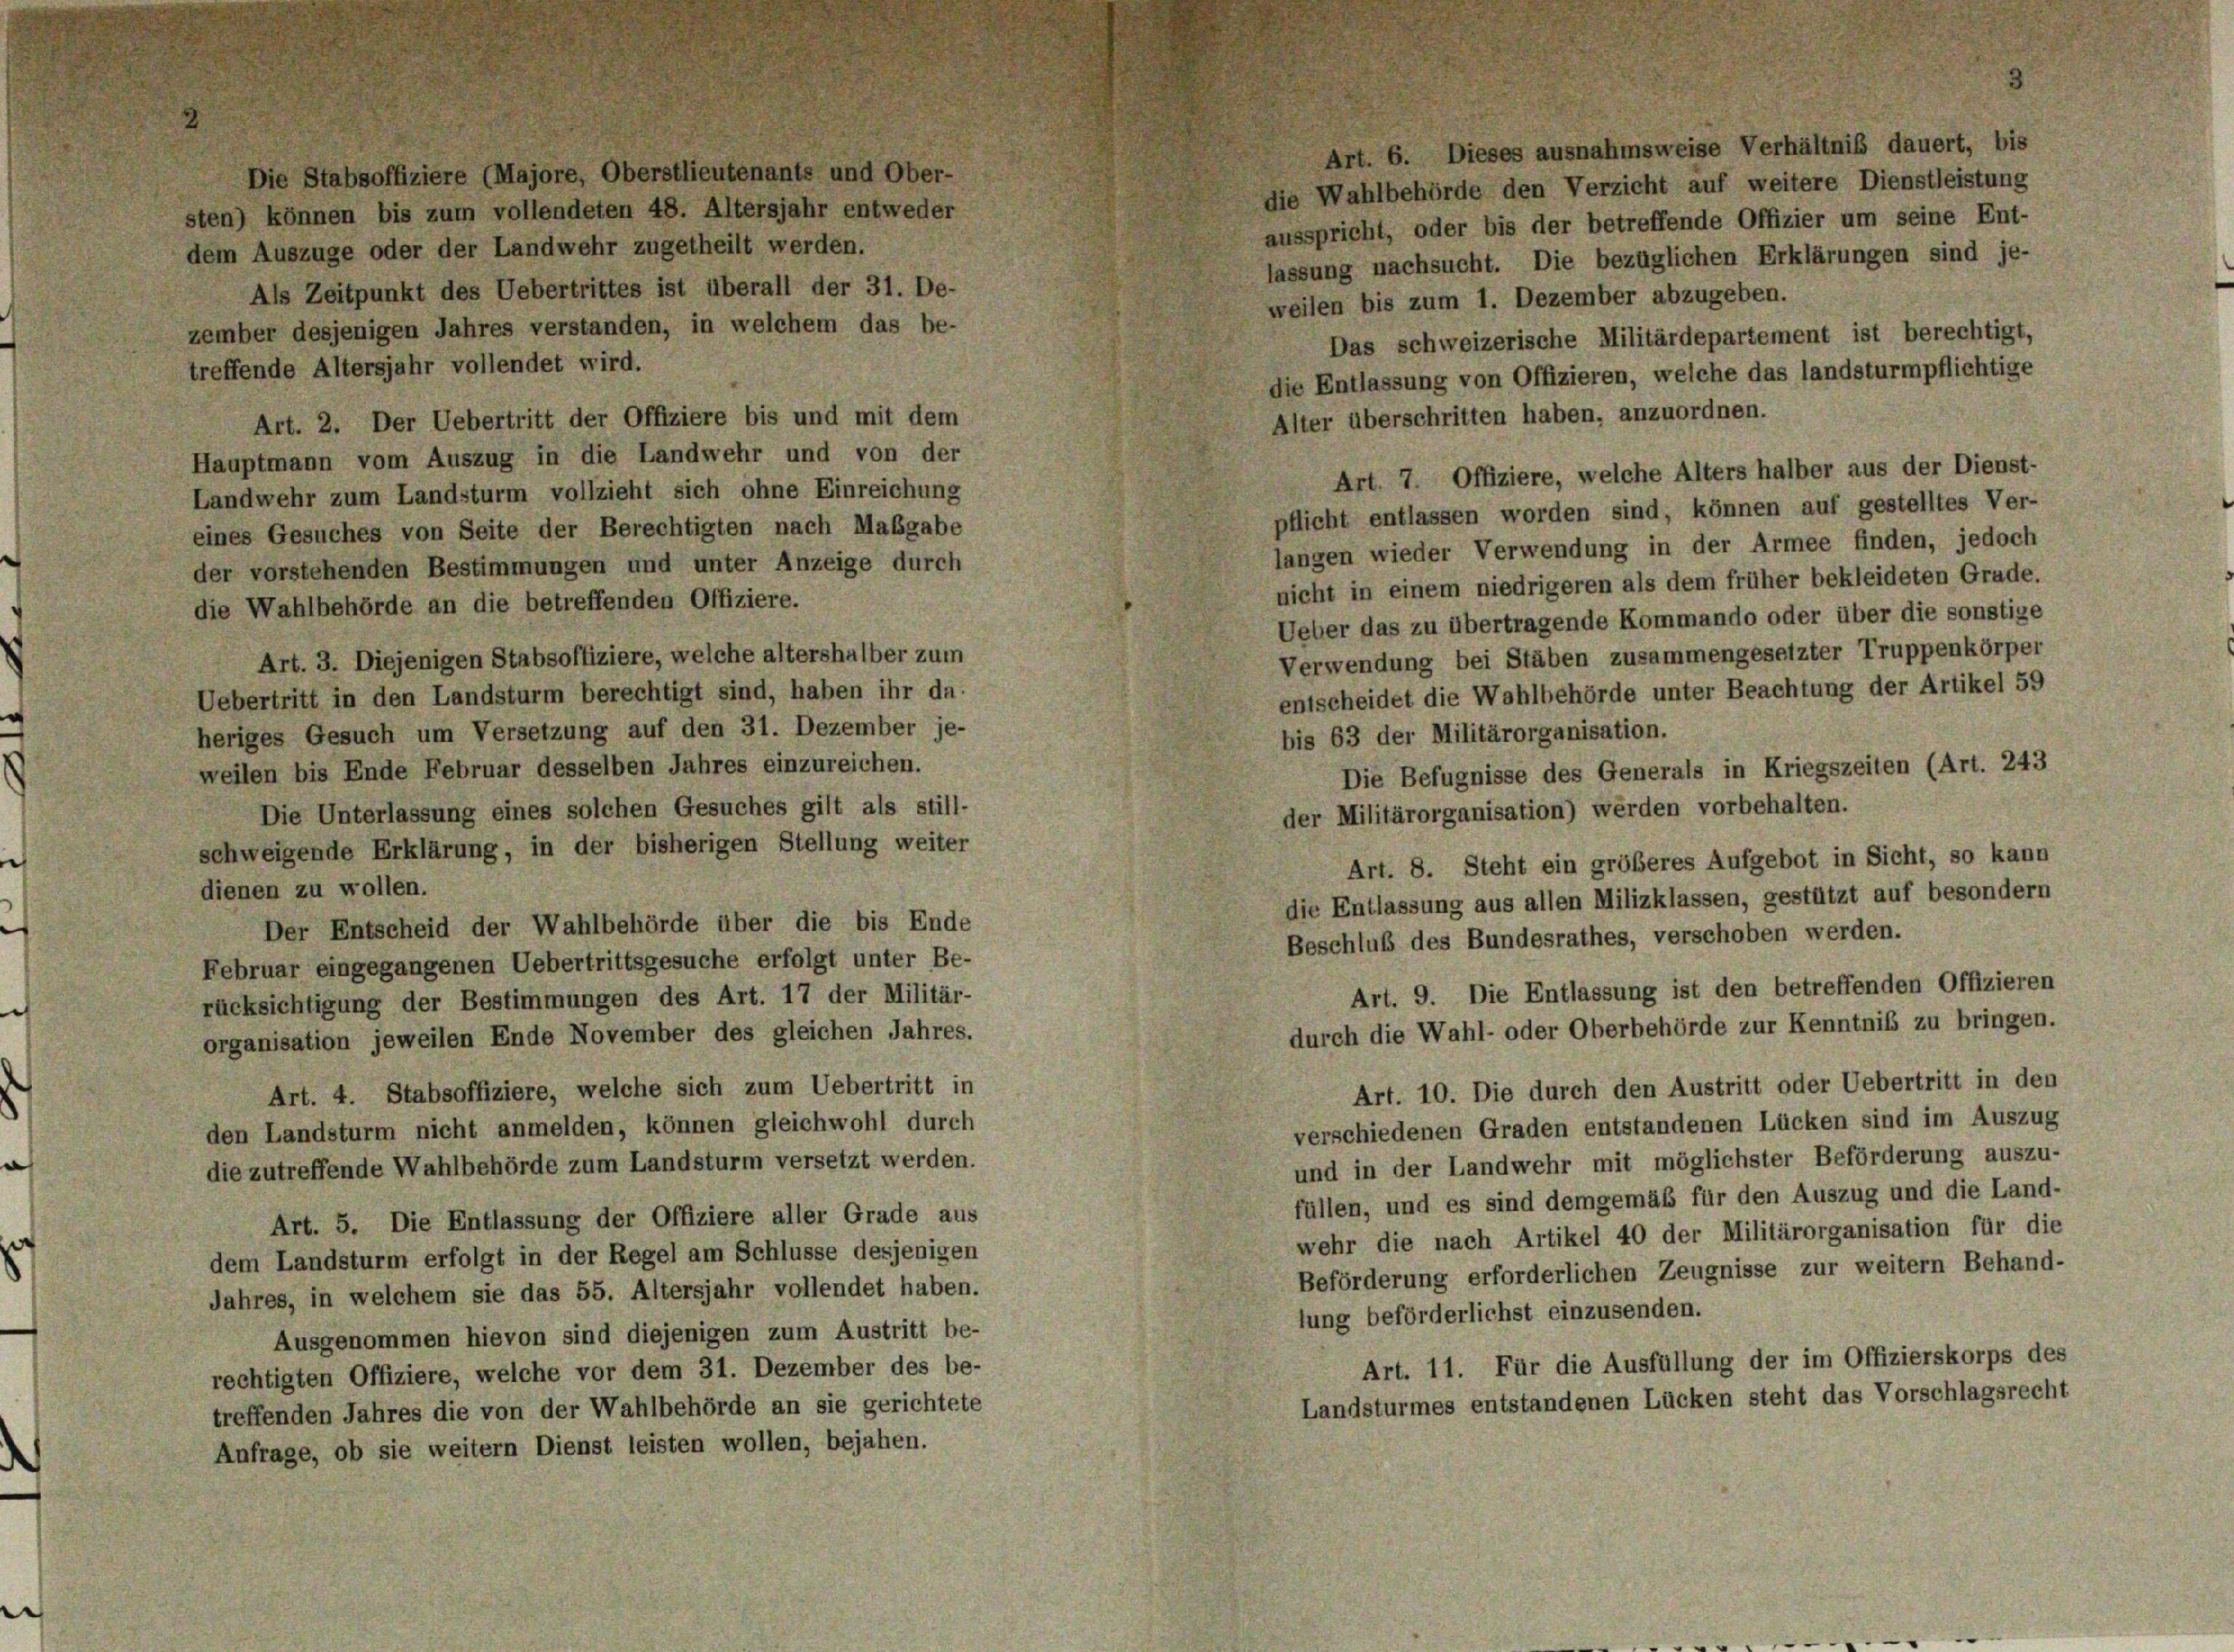
Die Stabsoffiziere (Majore, Oberstlieutenants und Ober-
sten) können bis zum vollendeten 48. Altersjahr entweder
dem Auszüge oder der Landwehr zugetheilt werden.

Art. 6. Dieses ausnahmsweise Verhältnis dauert, bis
die Wahlbehörde den Verzicht auf weitere Dienstleistung
ausspricht, oder bis der betreffende Offizier um seine Ent-
lassung nachsucht. Die bezüglichen Erklärungen sind je-
Als Zeitpunkt des Uebertrittes ist überall der 31. De-
weilen bis zum 1. Dezember abzugeben.
zember desjenigen Jahres verstanden, in welchem das be-
Das schweizerische Militärdepartement ist berechtigt,
reffende Altersjahr vollendet wird.
die Entlassung von Offizieren, welche das landsturmpflichtige
Alter überschritten haben, anzuordnen.
Art. 2. Der Uebertritt der Offiziere bis und mit dem
Hauptmann vom Auszug in die Landwehr und von der
Art. 7. Offiziere, welche Alters halber aus der Dienst-
Landwehr zum Landsturm vollzieht sich ohne Einreichung
pflicht entlassen worden sind, können auf gestelltes Ver-
eines Gesuches von Seite der Berechtigten nach Maßgabe
langen wieder Verwendung in der Armee finden, jedoch
der vorstehenden Bestimmungen und unter Anzeige durch
nicht in einem niedrigeren als dem früher bekleideten Grade.
die Wahlbehörde an die betreffenden Offiziere.
Ueber das zu übertragende Kommando oder über die sonstige
Verwendung bei Stäben zusammengesetzter Truppenkörper
Art. 3. Diejenigen Stabsoffiziere, welche altershalber zum
entscheidet die Wahlbehörde unter Beachtung der Artikel 59
Uebertritt in den Landsturm berechtigt sind, haben ihr da-
heriges Gesuch um Versetzung auf den 31. Dezember je-
bis 63 der Militärorganisation.
weilen bis Ende Februar desselben Jahres einzureichen.
Die Befugnisse des Generals in Kriegszeiten (Art. 243
Die Unterlassung eines solchen Gesuches gilt als still-
der Militärorganisation) werden vorbehalten.
schweigende Erklärung, in der bisherigen Stellung weiter
Art. 8. Steht ein größeres Aufgebot in Sicht, so kann
dienen zu wollen.
die Entlassung aus allen Milizklassen, gestützt auf besondern
Der Entscheid der Wahlbehörde über die bis Ende
Beschluß des Bundesrathes, verschoben werden.
Februar eingegangenen Uebertrittsgesuche erfolgt unter Be-
Art. 9. Die Entlassung ist den betreffenden Offizieren
rücksichtigung der Bestimmungen des Art. 17 der Militär-
durch die Wahl- oder Oberbehörde zur Kenntniß zu bringen.
organisation jeweilen Ende November des gleichen Jahres.
Art. 10. Die durch den Austritt oder Uebertritt in den
Art. 4. Stabsoffiziere, welche sich zum Uebertritt in
verschiedenen Graden entstandenen Lücken sind im Auszug
den Landsturm nicht anmelden, können gleichwohl durch
und in der Landwehr mit möglichster Beförderung auszu-
die zutreffende Wahlbehörde zum Landsturm versetzt werden.
füllen, und es sind demgemäß für den Auszug und die Land-
Art. 5. Die Entlassung der Offiziere aller Grade aus
wehr die nach Artikel 40 der Militärorganisation für die
dem Landsturm erfolgt in der Regel am Schlüsse desjenigen
Beförderung erforderlichen Zeugnisse zur weitern Behand-
Jahres, in welchem sie das 55. Altersjahr vollendet haben.
lung beförderlichst einzusenden.
Ausgenommen hievon sind diejenigen zum Austritt be-
Art. 11. Für die Ausfüllung der im Offizierskorps des
rechtigten Offiziere, welche vor dem 31. Dezember des be-
Landsturmes entstandenen Lücken steht das Vorschlagsrecht
treffenden Jahres die von der Wahlbehörde an sie gerichtete
Anfrage, ob sie weitern Dienst leisten wollen, bejahen.